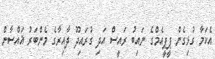
އެކަމާ ގުޅިގެން ޕީޕީއެމްގެ ނައިބު ރައީސް އަދި ގުރައިދޫ ދާއިރާގެ މެންބަރު ޣައްސާން